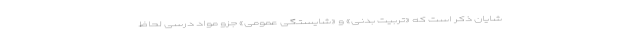
شایان ذکر است که «تربیت بدنی» و «شایستگی عمومی» جزو مواد درسی لحاظ